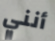
أنني